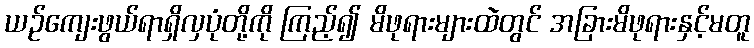
ယဉ်ကျေးဖွယ်ရာရှိလှပုံတို့ကို ကြည့်၍ မိဖုရားများထဲတွင် အခြားမိဖုရားနှင့်မတူ